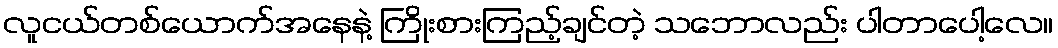
လူငယ်တစ်ယောက်အနေနဲ့ ကြိုးစားကြည့်ချင်တဲ့ သဘောလည်း ပါတာပေါ့လေ။